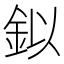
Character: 鉯